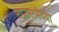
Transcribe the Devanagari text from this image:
राजसभेच्या